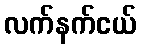
လက်နက်ငယ်